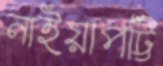
নাইয়াপট্টি